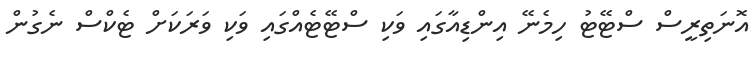
އޮނަތިރީސް ސްޓޭޓު ހިމެނޭ އިންޑިއާގައި ވަކި ސްޓޭޓެއްގައި ވަކި ވަރަކަށް ޓެކްސް ނެގުން